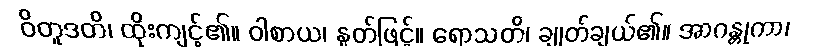
ဝိတူဒတိ၊ ထိုးကျင့်၏။ ဝါစာယ၊ နှုတ်ဖြင့်။ ရောသတိ၊ ချုတ်ချယ်၏။ အာဂန္တုကာ၊